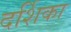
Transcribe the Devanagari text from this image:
दर्शिका